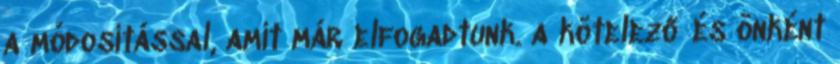
a módosítással, amit már elfogadtunk. a kötelező és önként